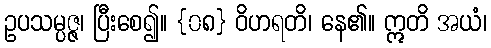
ဥပသမ္ပဇ္ဇ၊ ပြီးစေ၍။ {၀၈} ဝိဟရတိ၊ နေ၏။ ဣတိ အယံ၊